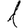
Digit: 1